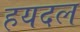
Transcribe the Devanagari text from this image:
हयदल